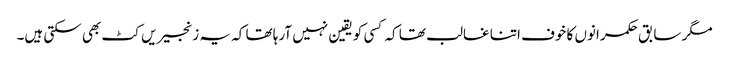
مگر سابق حکمرانوں کا خوف اتنا غالب تھا کہ کسی کو یقین نہیں آرہا تھا کہ یہ زنجیریں کٹ بھی سکتی ہیں۔